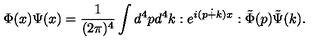
\Phi ( x ) \Psi ( x ) = \frac { 1 } { ( 2 \pi ) ^ { 4 } } \int d ^ { 4 } p d ^ { 4 } k : e ^ { i ( p \dot { + } k ) x } : \tilde { \Phi } ( p ) \tilde { \Psi } ( k ) .